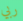
ربي